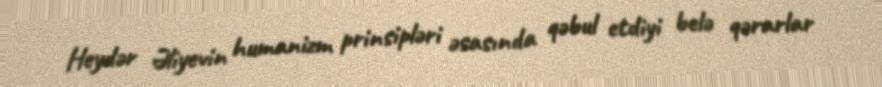
Heydər Əliyevin humanizm prinsipləri əsasında qəbul etdiyi belə qərarlar